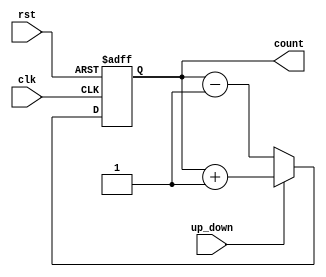
module UpDownCounter (
  input wire clk,      // clock
  input wire rst,      // 
  input wire up_down,  // /
  output reg [7:0] count  // 8
);

always @(posedge clk or posedge rst) begin
  if (rst)  // 
    count <= 8'b0;
  else if (up_down)  // /
    count <= count + 1;
  else  // 
    count <= count - 1;
end

endmodule